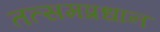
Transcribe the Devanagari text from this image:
तत्समप्रधान